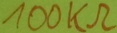
Text: 100kΩ